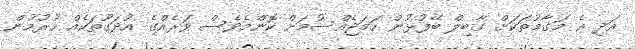
އަދި އެ މަގާމުތަކަށް ގާބިލް ބޭފުޅުން ހަމަޖެއްސުމަށް ކޮންމެވެސް ވަރެއްގެ އުދަގޫތަކެއް ހުރުމުން